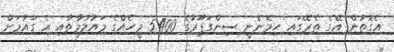
އެގޮތުން އޭގެ ތެރޭގައި ހިމެނެނީ ސިންގަޕޫރުގެ 5400 މީހެއްގެ މައުލުމާތާއި އެ ގައުމަށް